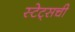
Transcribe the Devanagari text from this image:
स्टेट्सची